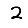
Digit: 2